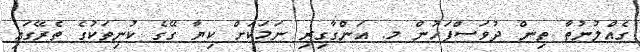
ގެއްލުނުތާ ތިން ދުވަސްފަހުން މ. އަންގާގިރި ނަމަކަށް ކިޔާ ގޭގެ ކުނިތަކުގެ ތެރޭގައި